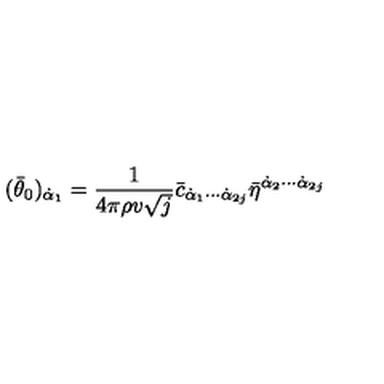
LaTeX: ( \bar { \theta } _ { 0 } ) _ { \dot { \alpha } _ { 1 } } = \frac { 1 } { 4 \pi \rho v \sqrt { j } } \bar { c } _ { \dot { \alpha } _ { 1 } \cdots \dot { \alpha } _ { 2 j } } \bar { \eta } ^ { \dot { \alpha } _ { 2 } \cdots \dot { \alpha } _ { 2 j } }